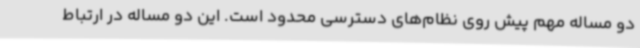
دو مساله مهم پیش روی نظام‌های دسترسی محدود است. این دو مساله در ارتباط